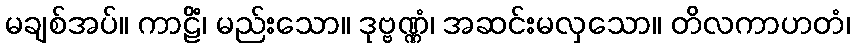
မချစ်အပ်။ ကာဠိံ၊ မည်းသော။ ဒုဗ္ဗဏ္ဏံ၊ အဆင်းမလှသော။ တိလကာဟတံ၊